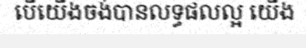
បើយើងចង់បានលទ្ធផលល្អ យើង